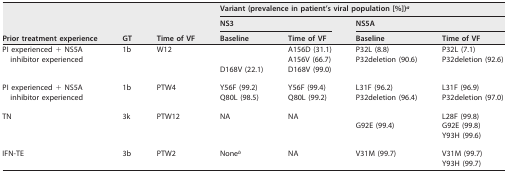
| <ROWSPAN=3> Prior treatment experience | <ROWSPAN=3> GT | <ROWSPAN=3> Time of VF | <COLSPAN=4> Variant (prevalence in patient's viral population [%])a |
 | <COLSPAN=2> NS3 | <COLSPAN=2> NS5A |
 | Baseline | Time of VF | Baseline | Time of VF |
 | --- | --- | --- | --- | --- | --- | --- |
 | <ROWSPAN=2> PI experienced + NS5A inhibitor experienced | 1b | W12 |  | A156D (31.1) | P32L (8.8) | P32L (7.1) |
 |  |  |  | A156V (66.7) | P32deletion (90.6) | P32deletion (92.6) |
 |  |  |  | D168V (22.1) | D168V (99.0) |  |  |
 | <ROWSPAN=2> PI experienced + NS5A inhibitor experienced | 1b | PTW4 | Y56F (99.2) | Y56F (99.4) | L31F (96.2) | L31F (96.9) |
 |  |  | Q80L (98.5) | Q80L (99.2) | P32deletion (96.4) | P32deletion (97.0) |
 | TN | 3k | PTW12 | NA | NA |  | L28F (99.8) |
 |  |  |  |  |  | G92E (99.4) | G92E (99.8) |
 |  |  |  |  |  |  | Y93H (99.6) |
 | IFN-TE | 3b | PTW2 | Noneb | NA | V31M (99.7) | V31M (99.7) |
 |  |  |  |  |  |  | Y93H (99.7) |